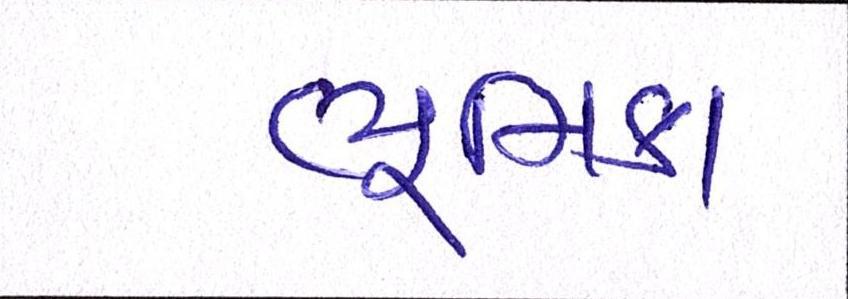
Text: ભૂમિકા